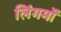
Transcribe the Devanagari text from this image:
लिंगमों